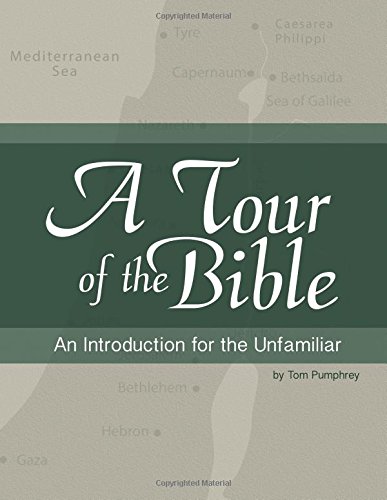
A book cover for A Tour of the Bible: An Introduction for the Unfamiliar; Tom Pumphrey; Christian Books & Bibles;